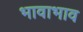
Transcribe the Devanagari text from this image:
भावाभाव